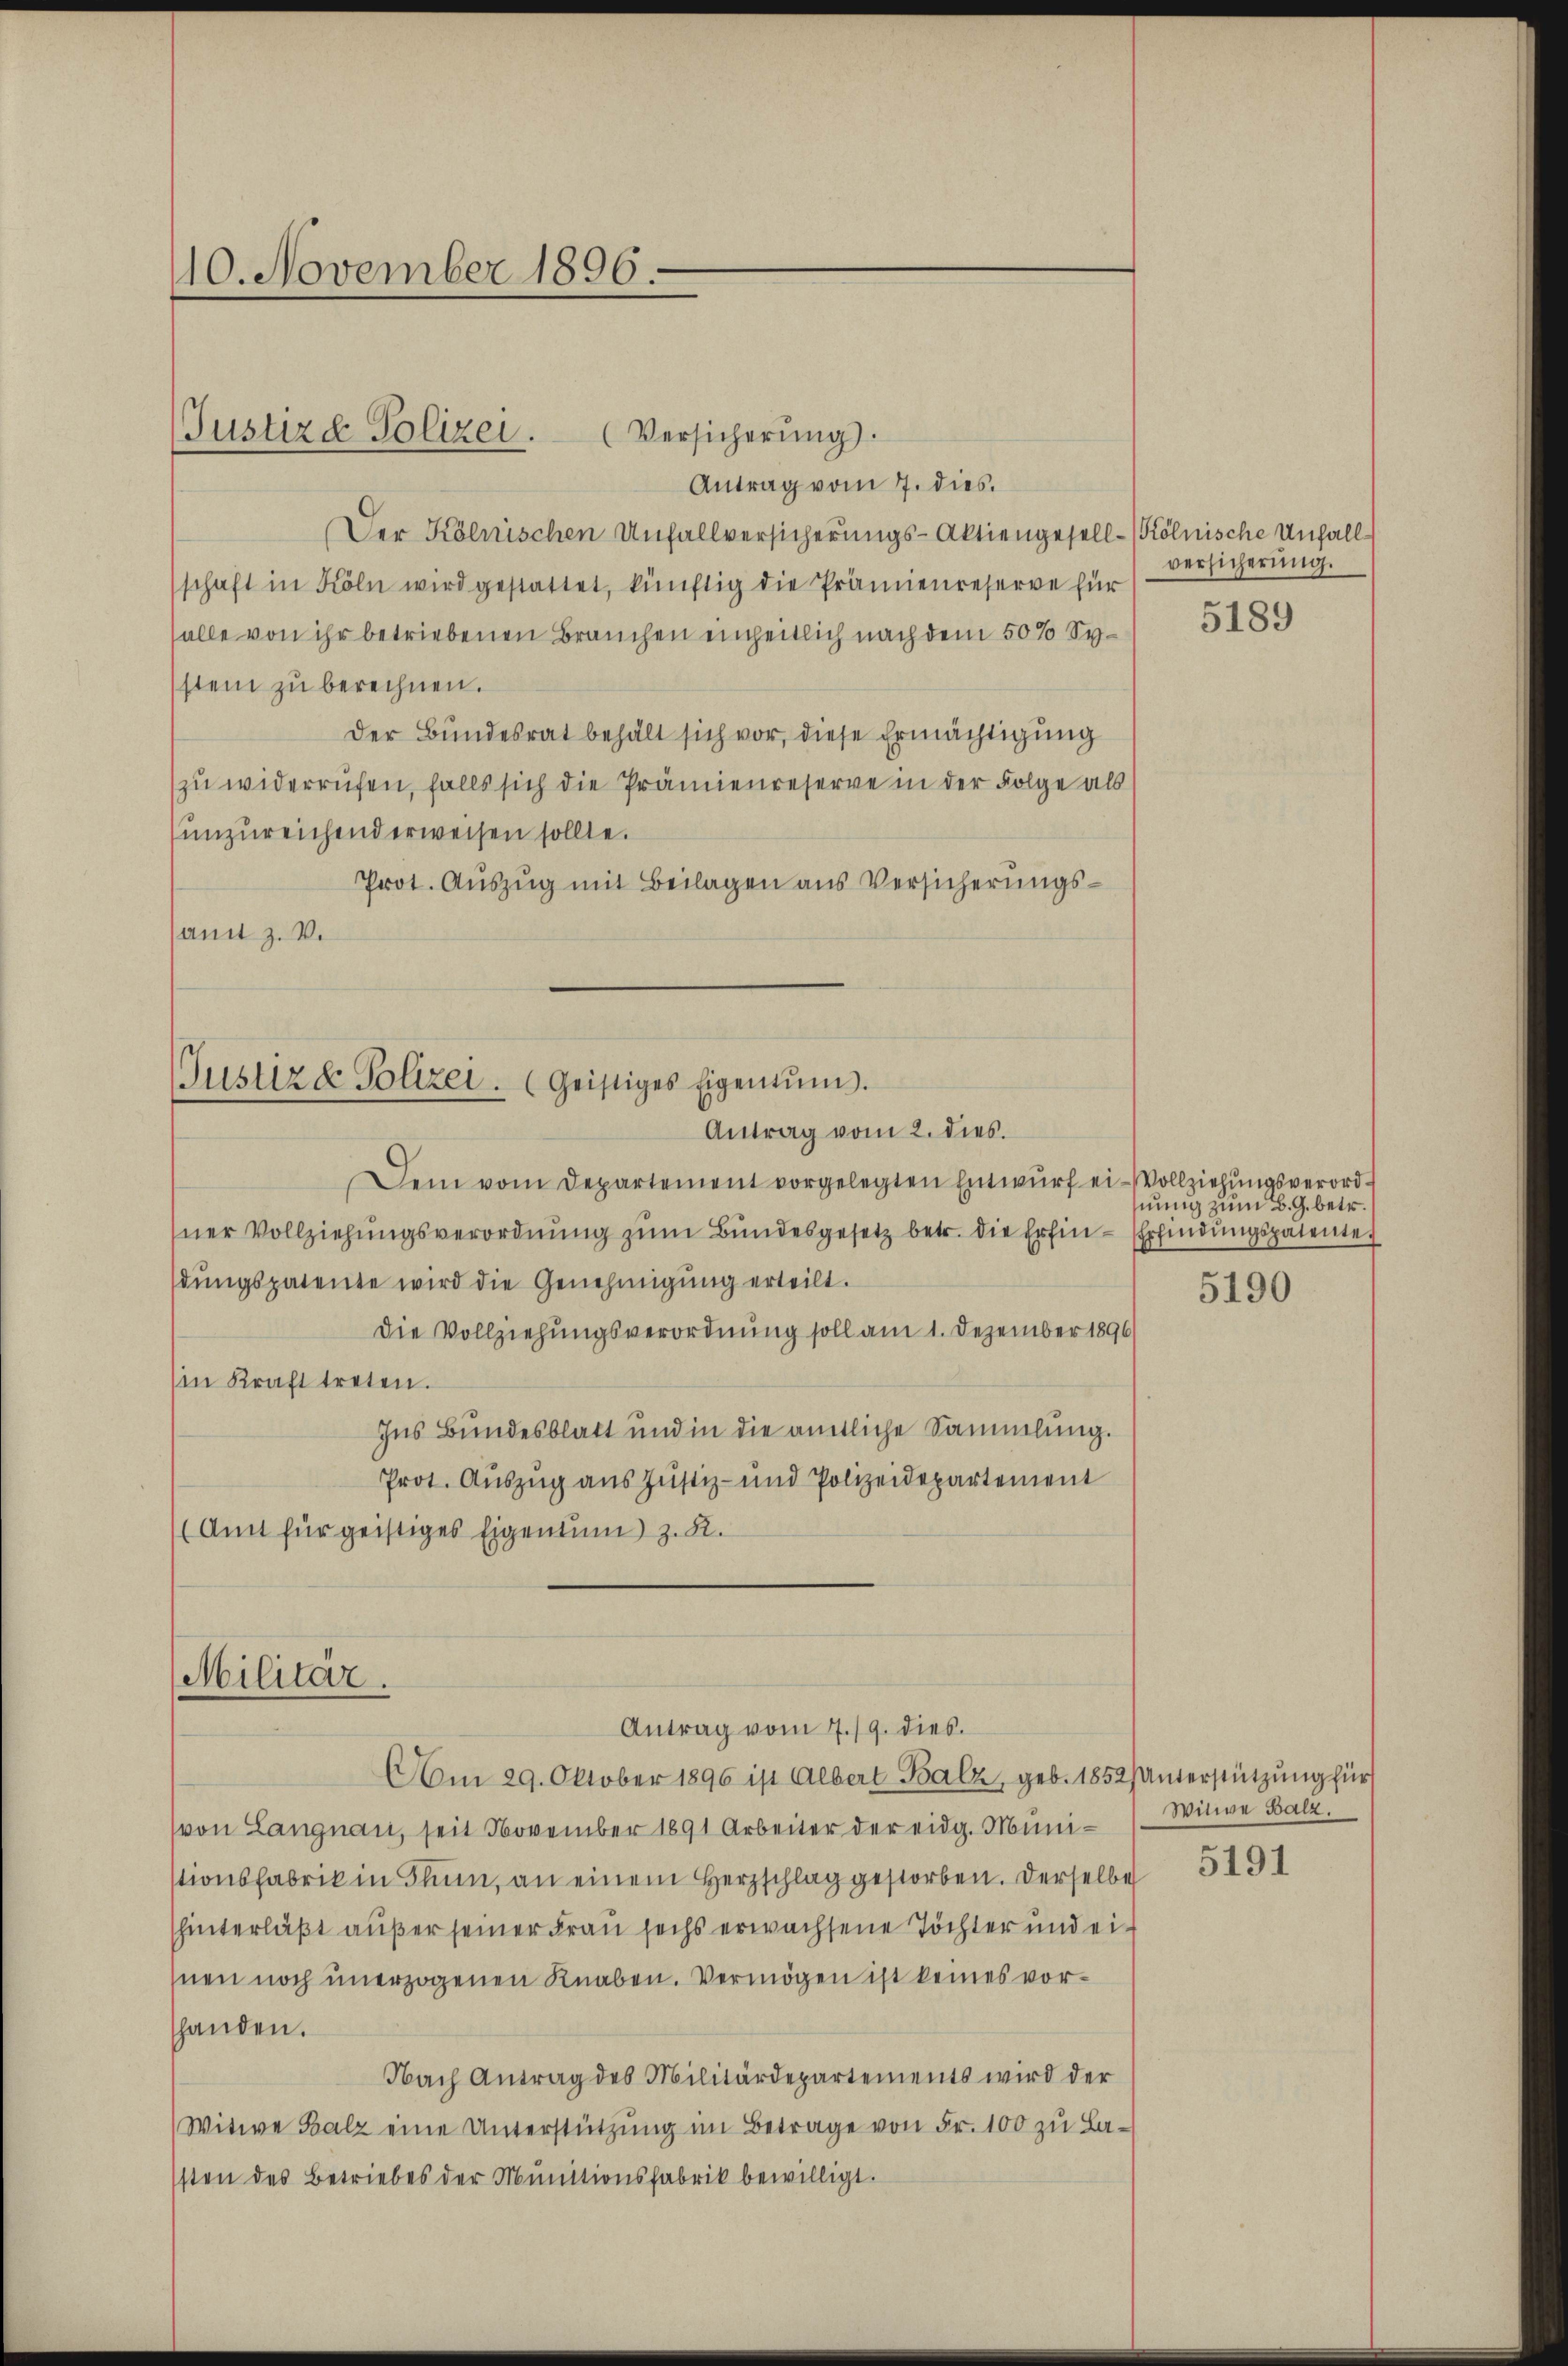
110. November 1896.

Antrag vom 7. dies
Der Kölnischen Unfallversicherungs-Aktiengesell-Kölnische Unfall
schaft in Köln wird gestattet, künftig die Prämienreserve für
salle von ihr betriebenen Brauchen einheitlich nach dem 50% System zu berechnen.
Der Bundesrat behält sich vor, diese Ermächtigung
(zu widerrufen, falls sich die Prämienreserve in der Folge als
unzureichend erweisen sollte.
Prot. Auszug mit Beilagen aus Versicherungssamt z. V.

(Justizd Polizei. (Versicherŭng.

Justiz & Polizei. (Geistiges Eigentum.
Antrag vom 2. dies

Militär.

Antrag vom 7./9. dies

Dem vom Departement vorgelegten Entwurf ei-Vollziehungsverordsner Vollziehŭngsverordnŭng zŭm Bŭndesgesetz betr. die Erfin-Erfindungspatente
dŭngspatente wird die Genehmigŭng erteilt.
Die Vollziehungsverordnung soll am 1. Dezember 1896
in Kraft treten.
Ins Bundesblatt und in die amtliche Sammlung.
Prot. Auszug aus Justiz- und Polizeidepartement
(Amt für geistiges Eigentum) z. B.

versicherung.

Am 29. Oktober 1896 ist Albert Balz, geb. 1852/ Unterstützŭng für
(von Langnau, seit November 1891 Arbeiter der eidg. Munistionsfabrik in Thun, an einem Herzschlag gestorben. Derselbe
hinterläßt außer seiner Frau sechs erwachsene Töchter und eihnen noch unerzogenen Knaben. Vermögen ist keines vorhanden.
Nach Antrag des Militärdepartements wird der
Witwe Balz eine Unterstützŭng im Betrage von Fr. 100 zu La-
sten des Betriebes der Munitionsfabrik bewilligt.

5189

nung zum B. G. betr.

5190

Witwe Balz

5191